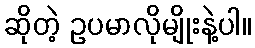
ဆိုတဲ့ ဥပမာလိုမျိုးနဲ့ပါ။